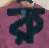
রু